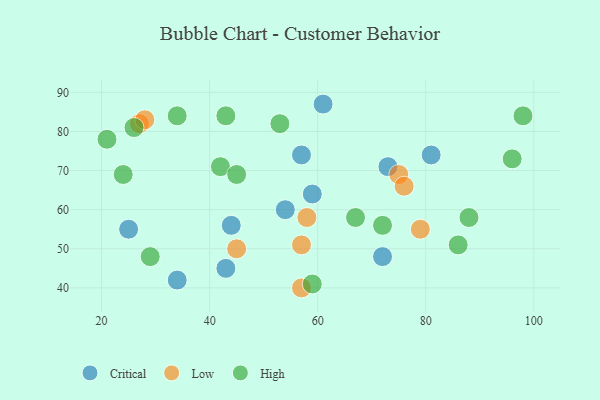
{"axis": {"x": "GDP", "y": "Life Expectancy"}, "legend": ["Critical", "High", "Low"], "data": [{"x": "43", "y": 45, "type": "Critical"}, {"x": "73", "y": 71, "type": "Critical"}, {"x": "25", "y": 55, "type": "Critical"}, {"x": "61", "y": 87, "type": "Critical"}, {"x": "72", "y": 48, "type": "Critical"}, {"x": "34", "y": 42, "type": "Critical"}, {"x": "81", "y": 74, "type": "Critical"}, {"x": "44", "y": 56, "type": "Critical"}, {"x": "59", "y": 64, "type": "Critical"}, {"x": "54", "y": 60, "type": "Critical"}, {"x": "57", "y": 74, "type": "Critical"}, {"x": "57", "y": 51, "type": "Low"}, {"x": "45", "y": 50, "type": "Low"}, {"x": "79", "y": 55, "type": "Low"}, {"x": "27", "y": 82, "type": "Low"}, {"x": "58", "y": 58, "type": "Low"}, {"x": "28", "y": 83, "type": "Low"}, {"x": "75", "y": 69, "type": "Low"}, {"x": "76", "y": 66, "type": "Low"}, {"x": "57", "y": 40, "type": "Low"}, {"x": "42", "y": 71, "type": "High"}, {"x": "34", "y": 84, "type": "High"}, {"x": "67", "y": 58, "type": "High"}, {"x": "98", "y": 84, "type": "High"}, {"x": "53", "y": 82, "type": "High"}, {"x": "86", "y": 51, "type": "High"}, {"x": "88", "y": 58, "type": "High"}, {"x": "96", "y": 73, "type": "High"}, {"x": "21", "y": 78, "type": "High"}, {"x": "59", "y": 41, "type": "High"}, {"x": "72", "y": 56, "type": "High"}, {"x": "43", "y": 84, "type": "High"}, {"x": "24", "y": 69, "type": "High"}, {"x": "45", "y": 69, "type": "High"}, {"x": "26", "y": 81, "type": "High"}, {"x": "29", "y": 48, "type": "High"}]}